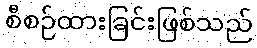
စီစဉ်ထားခြင်းဖြစ်သည်